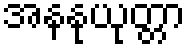
အနနုယုတ္တာ